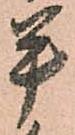
平